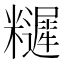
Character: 𥽩